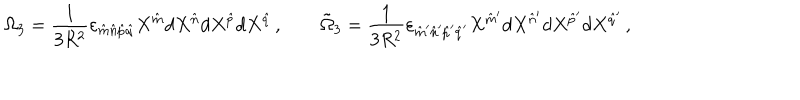
LaTeX: \Omega _ { 3 } = { \frac { 1 } { 3 R ^ { 2 } } } \varepsilon _ { \hat { m } \hat { n } \hat { p } \hat { q } } X ^ { \hat { m } } d X ^ { \hat { n } } d X ^ { \hat { p } } d X ^ { \hat { q } } \, , \qquad \tilde { \Omega } _ { 3 } = { \frac { 1 } { 3 R ^ { 2 } } } \varepsilon _ { \hat { m } ^ { \prime } \hat { n } ^ { \prime } \hat { p } ^ { \prime } \hat { q } ^ { \prime } } X ^ { \hat { m } ^ { \prime } } d X ^ { \hat { n } ^ { \prime } } d X ^ { \hat { p } ^ { \prime } } d X ^ { \hat { q } ^ { \prime } } \, ,